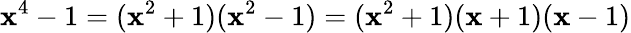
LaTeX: \mathbf{x}^{4}-1=(\mathbf{x}^{2}+1)(\mathbf{x}^{2}-1)=(\mathbf{x}^{2}+1)(\mathbf{x}+1)(\mathbf{x}-1)